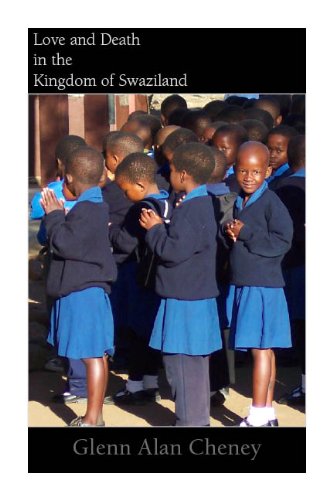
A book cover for Love and Death in the Kingdom of Swaziland; Glenn Alan Cheney; Travel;